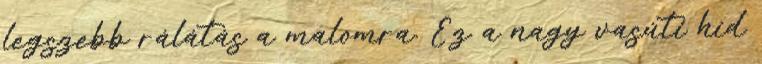
legszebb rálátás a malomra. Ez a nagy vasúti híd